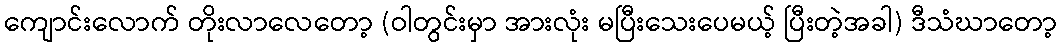
ကျောင်းလောက် တိုးလာလေတော့ (ဝါတွင်းမှာ အားလုံး မပြီးသေးပေမယ့် ပြီးတဲ့အခါ) ဒီသံဃာတော့